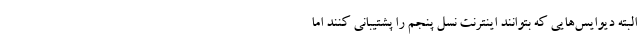
البته دیوایس‌هایی که بتوانند اینترنت نسل پنجم را پشتیبانی کنند اما